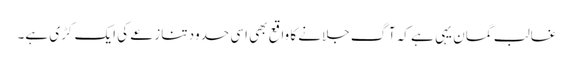
غالب گمان یہی ہے کہ آگ جلانے کا واقع بھی اسی حدود تنازعے کی ایک کڑی ہے۔